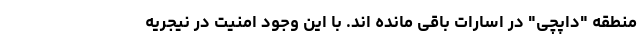
منطقه "داپچی" در اسارات باقی‌ مانده اند. با این وجود امنیت در نیجریه